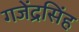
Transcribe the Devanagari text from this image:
गजेंद्रसिंह